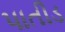
પાતીડ